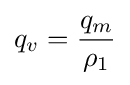
q_{v}={\frac {q_{m}}{\rho _{1}}}